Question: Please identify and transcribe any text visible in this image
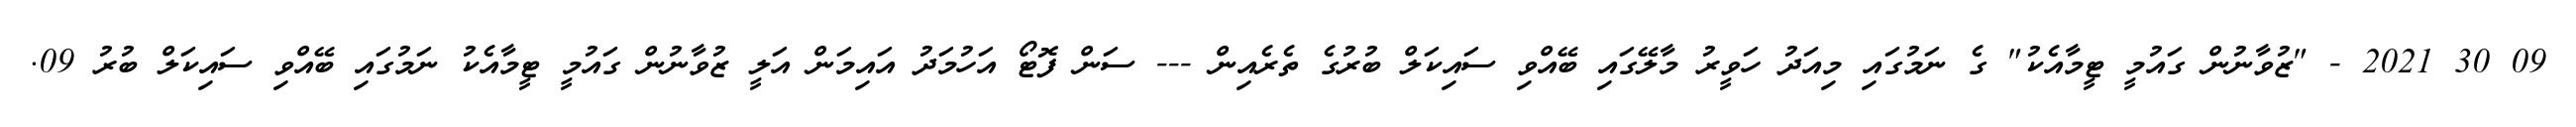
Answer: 09 30 2021 - "ޒުވާނުން ގައުމީ ޓީމާއެކު" ގެ ނަމުގައި މިއަދު ހަވީރު މާލޭގައި ބޭއްވި ސައިކަލް ބުރުގެ ތެރެއިން --- ސަން ފޮޓޯ އަހުމަދު އައިމަން އަލީ ޒުވާނުން ގައުމީ ޓީމާއެކު ނަމުގައި ބޭއްވި ސައިކަލް ބުރު 09.